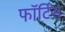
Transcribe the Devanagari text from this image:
फॉर्टिस